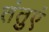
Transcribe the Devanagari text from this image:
तंतुएं